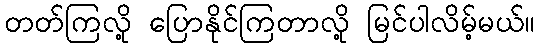
တတ်ကြလို့ ပြောနိုင်ကြတာလို့ မြင်ပါလိမ့်မယ်။